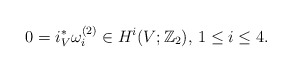
\begin{align*} 0=i_V^*\omega_i^{(2)}\in H^i(V;\mathbb{Z}_2),\, 1\le i\le 4.\end{align*}